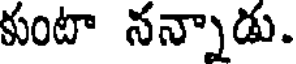
కుంటా నన్నాడు.